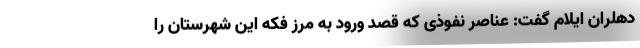
دهلران ایلام گفت: عناصر نفوذی که قصد ورود به مرز فکه این شهرستان را